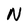
Character: N